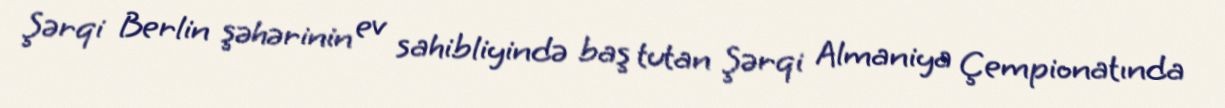
Şərqi Berlin şəhərinin ev sahibliyində baş tutan Şərqi Almaniya Çempionatında